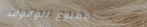
ممنوع الوقوف